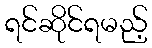
ရင်ဆိုင်ရမည့်